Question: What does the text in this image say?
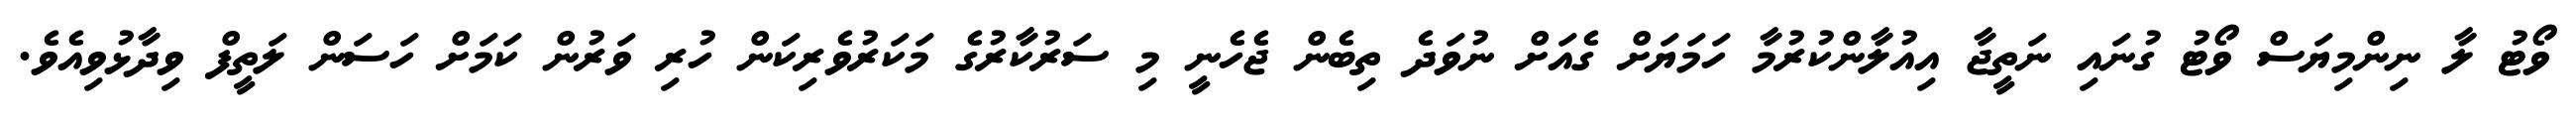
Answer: ވޯޓު ލާ ނިންމިޔަސް ވޯޓު ގުނައި ނަތީޖާ އިއުލާންކުރުމާ ހަމަޔަށް ގެއަށް ނުވަދެ ތިބެން ޖެހެނީ މި ސަރުކާރުގެ މަކަރުވެރިކަން ހުރި ވަރުން ކަމަށް ހަސަން ލަތީފް ވިދާޅުވިއެވެ.